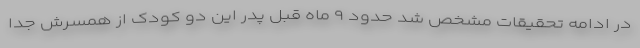
در ادامه تحقیقات مشخص شد حدود ۹ ماه قبل پدر این دو کودک از همسرش جدا